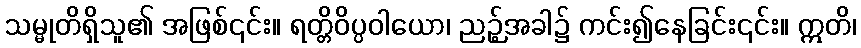
သမ္မုတိရှိသူ၏ အဖြစ်၎င်း။ ရတ္တိဝိပ္ပဝါယော၊ ညဉ့်အခါ၌ ကင်း၍နေခြင်း၎င်း။ ဣတိ၊